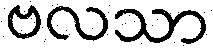
ဗလသာ